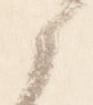
候